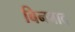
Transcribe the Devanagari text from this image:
बिनबाद